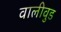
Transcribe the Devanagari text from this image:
वालीवुड